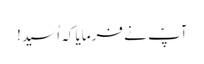
آپؐ نے فرمایا کہ اُسید!